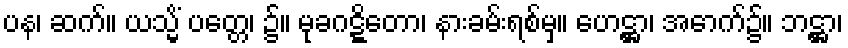
ပန၊ ဆက်။ ယသ္မိံ ပတ္တေ၊ ၌။ မုခဂဋ္ဋိတော၊ နားခမ်းရစ်မှ။ ဟေဋ္ဌာ၊ အောက်၌။ ဘဋ္ဌာ၊